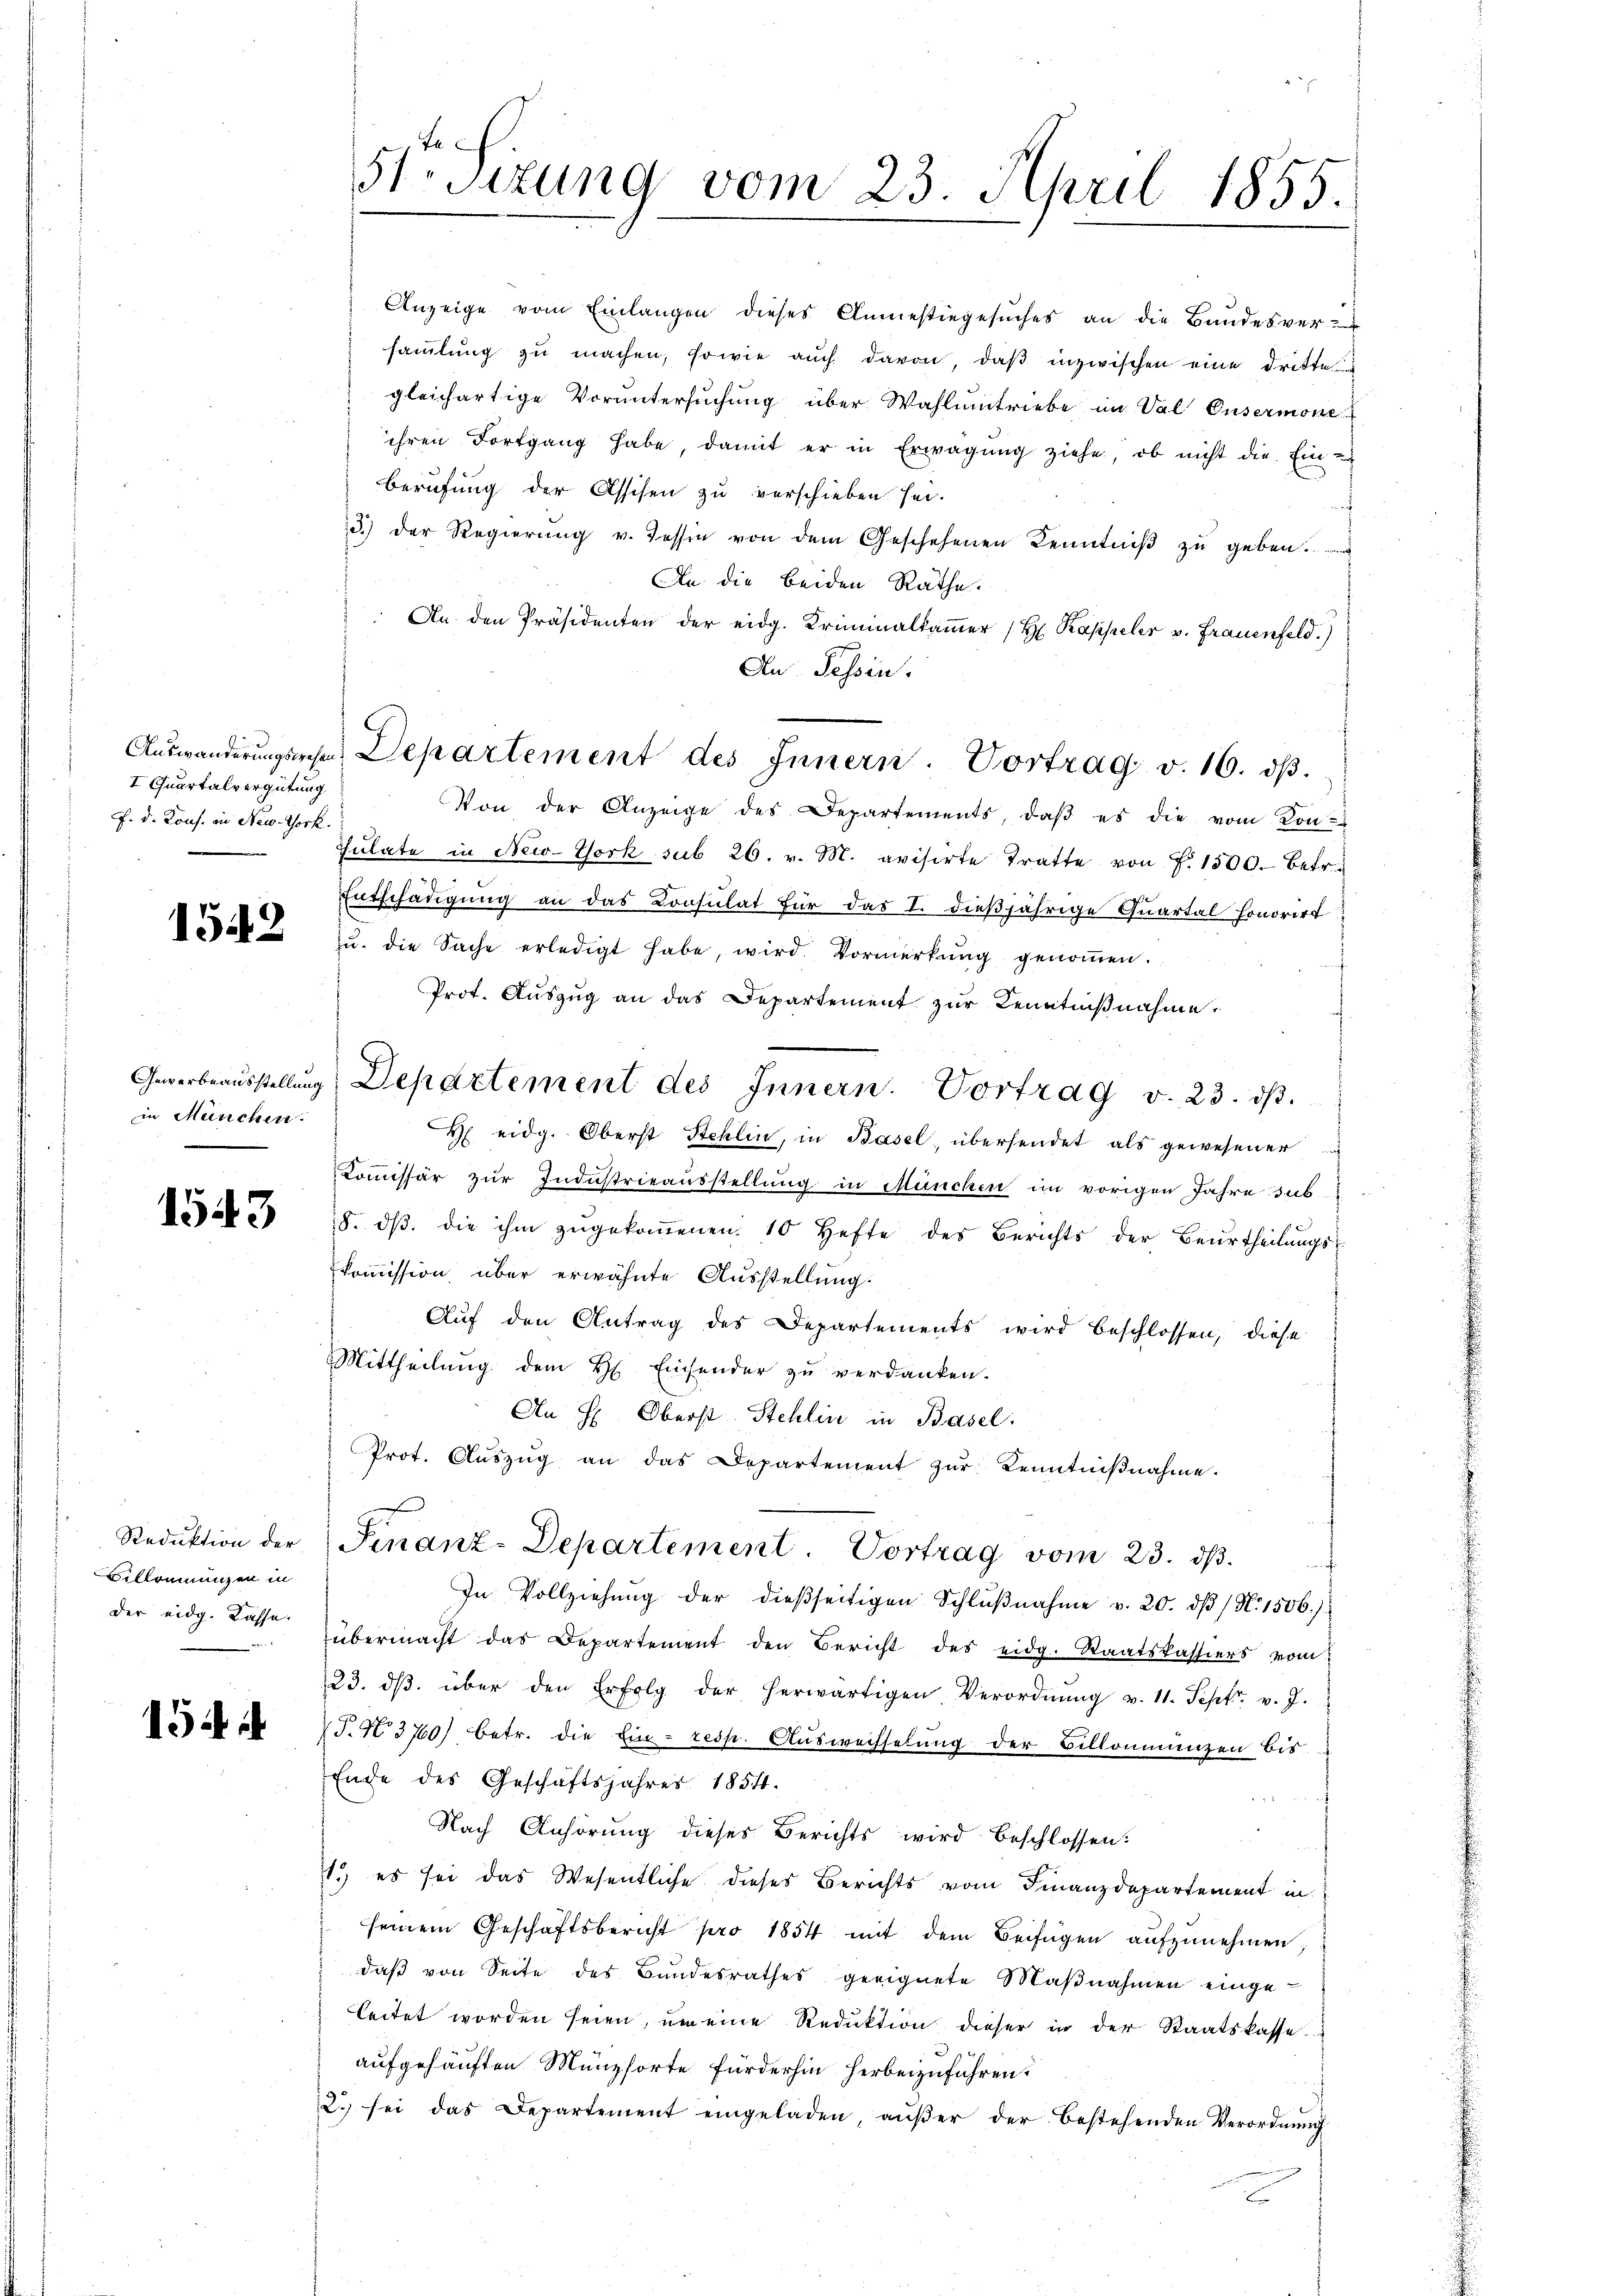
I Quartalvergütung
F. d. Kons. in New-York.

1542

in München.

1543

Reduktion der
Billonnungen in
der eidg. Kasse.

154 i

51 Sizung vom 23. April 1855.

Anzeige vom Einlangen dieses Anmestiegesuches an die Bundesver-
saṁlŭng zŭ machen, sowie aŭch davon, daβ inzwischen eine dritte
gleichartige Vorŭntersŭchŭng über Wahlŭmtriebe im Val Eusermone
ihren Fortgang habe, damit er in Erwägung ziehe, ob nicht die Ein-
Berufung der Assisen zu verschieben sei.
n
3.) Der Regierŭng v. Tessin von dem Geschehenen Kenntniß zu geben.
An die beiden Räthe.
: An den Präsidenten der eidg. Kriminalkammer (H. Kasseler v. Frauenfeld.)
An Tessin.
Von der Anzeige des Departements, daβ es die vom Kon-
Sŭlate in New-York sub 26. v. M. avisirte Tratte von F. 1500. betr.
Entschädigung an das Consulat für das I. dießjährige Quartal Honorirt
zu. die Sache erledigt habe, wird. Vormerkung genoṁen.
Prot. Auszug an das Departement zur Kenntnißnahme.
Gewerbeausstellŭng, Departement des Innern. Vortrag v. 23. ds.
H eidg. Oberst Stehlin, in Basel, übersendet als gewesener
Kommissär zur Industrieausstellung in München im vorigen Jahre sub
8. dβ die ihm zŭgekoṁenen 10 Hefte des Berichts der Beurtheilŭngs-
kommission über erwähnte Ausstellung.
Auf den Antrag des Departements wird beschlossen, diese
Mittheilung dem H. Einsender zu verdanken.
An H: Oberst Stehlin in Basel
Prot. Aŭszŭg an das Departement zŭr Kenntniβnahme.
Finanz-Departement Vortrag vom 23. ds.
In Vollziehŭng der dießseitigen Schlŭβnahme v. 20. dβ / N. 1506.)
übermacht das Departement den Bericht des eidg. Staatskassiers vom
23. dβ über den Erfolg der herwärtigen Verordnŭng v. 11. Sept. v. J.
7 J. N. 3760) betr. die Ein - resp. Auswechselung der Billonmunzen bis
Ende des Geschäftsjahres 1854.
Nach Anhörung dieses Berichts wird beschlossen:
1.) es sei das Wesentliche dieses Berichts vom Finanzdepartement in
seinem Geschäftsbericht pro 1854 mit dem Beifügen aŭfzŭnehmen,
daß von Seite des Bundesrathes geeignete Maßnahmen eingeleitet worden seien, um eine Reduktion dieser in der Staatskasse
aufgehäuften Münzsorte fürderhin herbeizuführen.
2. sei das Departement eingeladen, aŭβer der bestehenden Verordnŭng
t

Auswanderungsche Departement des Innern. Vortrag v. 16. dβ.